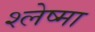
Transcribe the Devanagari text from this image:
श्‍लेष्‍मा